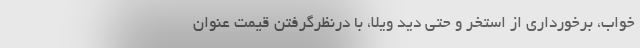
خواب، برخورداری از استخر و حتی دید ویلا، با درنظرگرفتن قیمت عنوان